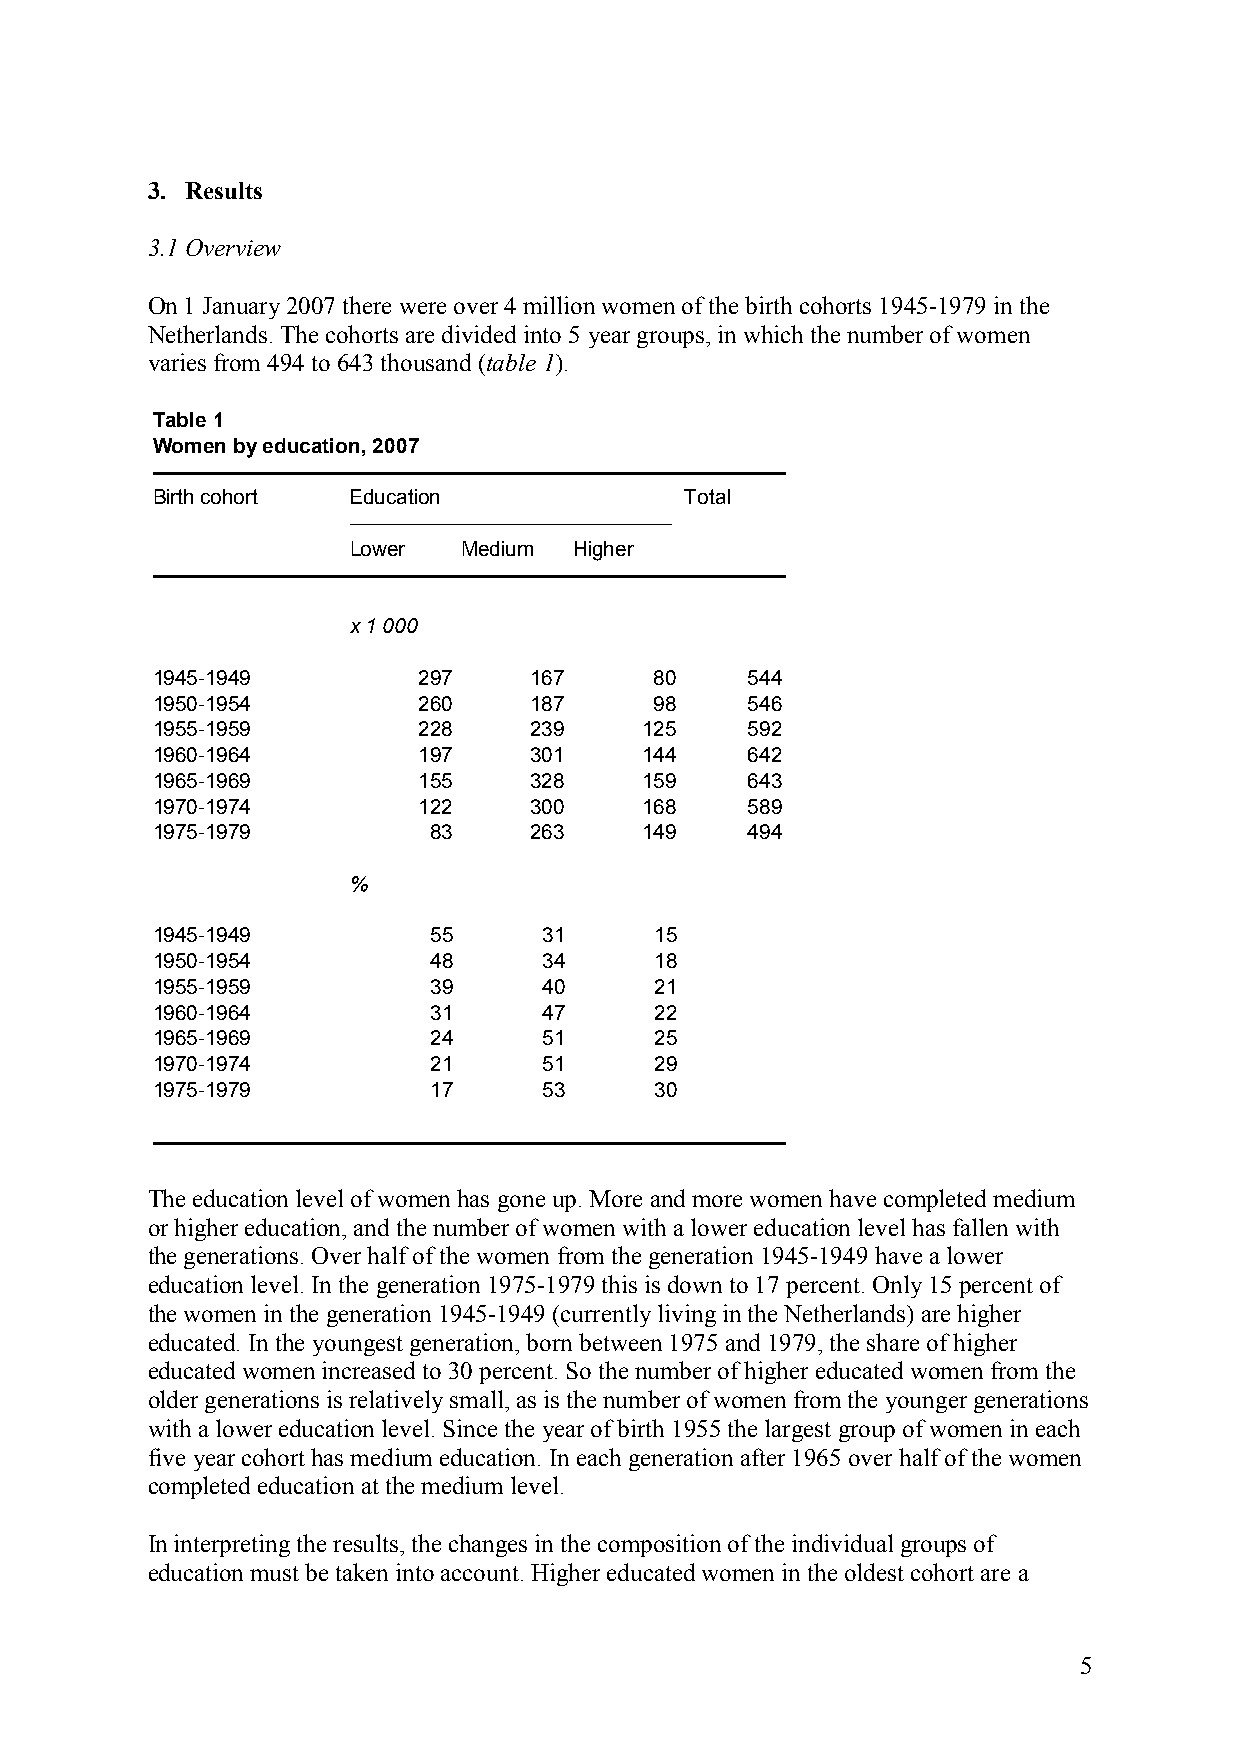
3. Results
 3.1 Overview
 On 1 January 2007 there were over 4 million women of the birth cohorts 1945-1979 in the
 Netherlands. The cohorts are divided into 5 year groups, in which the number of women
 varies from 494 to 643 thousand (table 1).
 Table 1
 Women by education, 2007
 –––––––––––––––––––––––––––––––––––––––––––––––––––––––
 Birth cohort Education             Total
 ––––––––––––––––––––––––––––
 Lower   Medium Higher
 –––––––––––––––––––––––––––––––––––––––––––––––––––––––
 x 1 000
 1945-1949         297    167     80     544
 1950-1954         260    187     98     546
 1955-1959         228    239     125    592
 1960-1964         197    301     144    642
 1965-1969         155    328     159    643
 1970-1974         122    300     168    589
 1975-1979          83    263     149    494
 %
 1945-1949          55     31     15
 1950-1954          48     34     18
 1955-1959          39     40     21
 1960-1964          31     47     22
 1965-1969          24     51     25
 1970-1974          21     51     29
 1975-1979          17     53     30
 –––––––––––––––––––––––––––––––––––––––––––––––––––––––
 The education level of women has gone up. More and more women have completed medium
 or higher education, and the number of women with a lower education level has fallen with
 the generations. Over half of the women from the generation 1945-1949 have a lower
 education level. In the generation 1975-1979 this is down to 17 percent. Only 15 percent of
 the women in the generation 1945-1949 (currently living in the Netherlands) are higher
 educated. In the youngest generation, born between 1975 and 1979, the share of higher
 educated women increased to 30 percent. So the number of higher educated women from the
 older generations is relatively small, as is the number of women from the younger generations
 with a lower education level. Since the year of birth 1955 the largest group of women in each
 five year cohort has medium education. In each generation after 1965 over half of the women
 completed education at the medium level.
 In interpreting the results, the changes in the composition of the individual groups of
 education must be taken into account. Higher educated women in the oldest cohort are a
 5